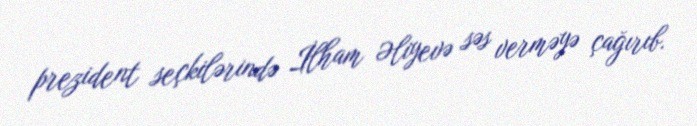
prezident seçkilərində İlham Əliyevə səs verməyə çağırıb.